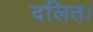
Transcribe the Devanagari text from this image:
दलित।